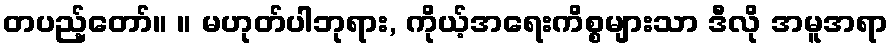
တပည့်တော်။ ။ မဟုတ်ပါဘုရား, ကိုယ့်အရေးကိစ္စများသာ ဒီလို အမူအရာ